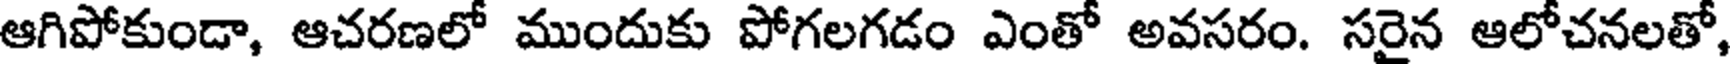
ఆగిపోకుండా, ఆచరణలో ముందుకు పోగలగడం ఎంతో అవసరం. సరైన ఆలోచనలతో,